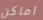
اماكن